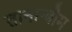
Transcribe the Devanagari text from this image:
तानान्बौम